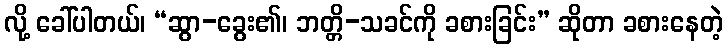
လို့ ခေါ်ပါတယ်၊ “ဆွာ-ခွေး၏၊ ဘတ္တိ-သခင်ကို ခစားခြင်း” ဆိုတာ ခစားနေတဲ့